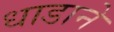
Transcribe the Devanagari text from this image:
धाडाने